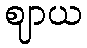
ဈာယ